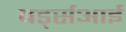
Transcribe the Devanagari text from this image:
बर्ड्सआई